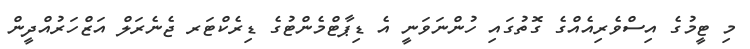
މި ޓީމުގެ އިސްވެރިއެއްގެ ގޮތުގައި ހުންނަވަނީ އެ ޑިޕާޓްމެންޓުގެ ޑިރެކްޓަރ ޖެނެރަލް އަޒްހަރުއްދީން